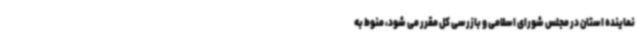
نماینده استان در مجلس شورای اسلامی و بازرسی کل مقرر می شود، منوط به